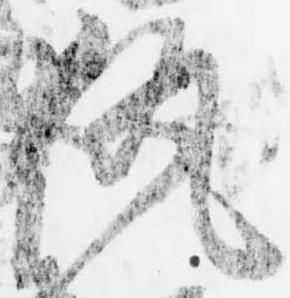
執